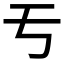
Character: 亐